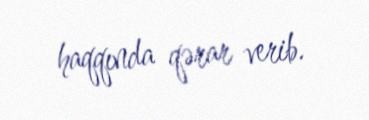
haqqında qərar verib.